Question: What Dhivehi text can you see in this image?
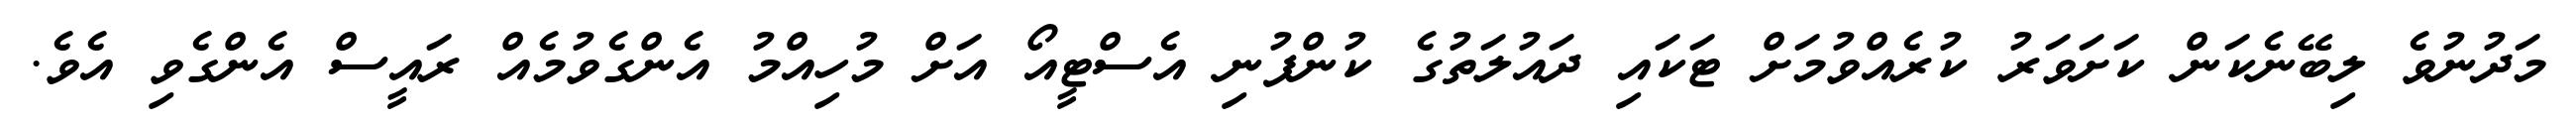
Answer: މަދުނުވެ ލިބޭނެކަން ކަށަވަރު ކުރެއްވުމަށް ޓަކައި ދައުލަތުގެ ކުންފުނި އެސްޓީއޯ އަށް މުހިއްމު އެންގެވުމެއް ރައީސް އެންގެވި އެވެ.